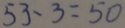
5 3 - 3 = 5 0